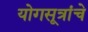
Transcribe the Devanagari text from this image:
योगसूत्रांचे